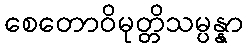
စေတောဝိမုတ္တိသမ္ပန္နာ